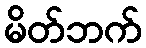
မိတ်ဘက်